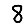
Digit: 8